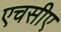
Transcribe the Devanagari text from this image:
एचसीए